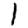
Digit: 1